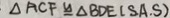
\cdot \Delta A C F \cong \Delta B D E ( S . A . S )